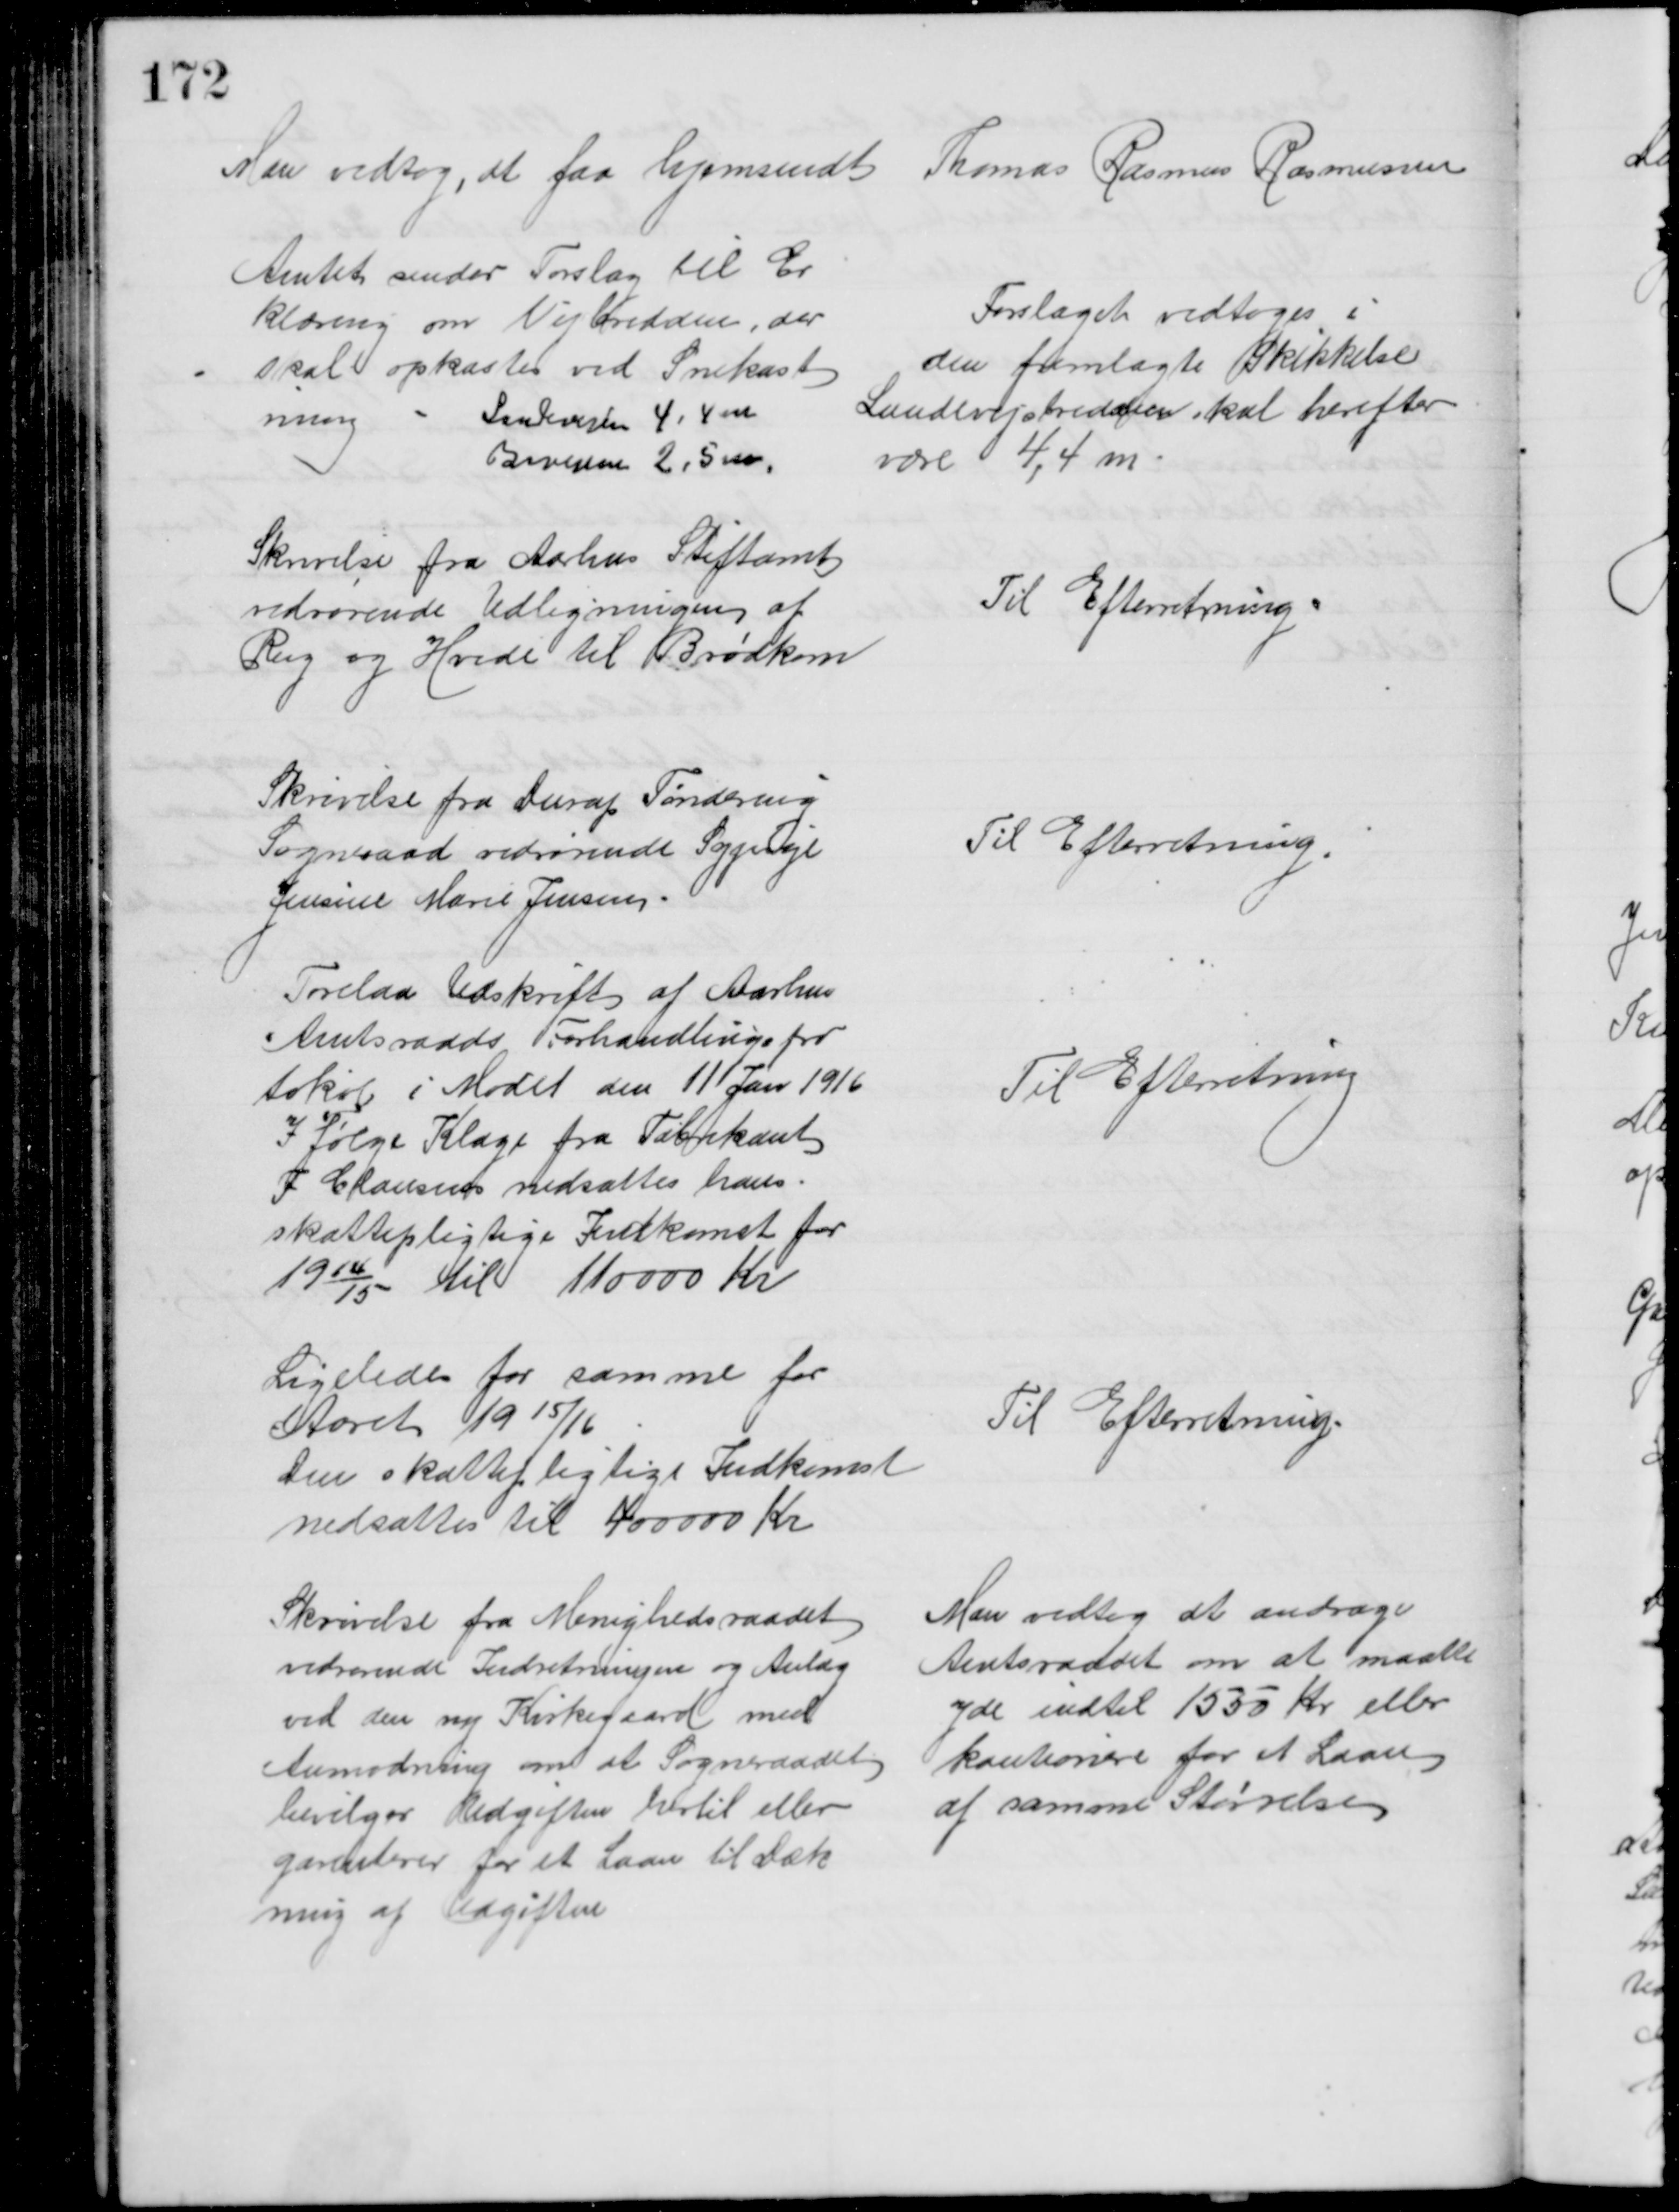
Transskription:
Man vedtog, at faa hjemsendt Thomas Rasmus Rasmussen
Amtet sender Forslag til Er
klæring om Vejbredden, der
skal opkastes ved Snekast
ning
Landevejen 4, 4 m
Bivejene 2,5 m.
Forslaget vedtoges i
den fremlagte Skikkelse
Landevejsbredden skal herefter
være 4,4 m
Skrivelse fra Aarhus Stiftamt
vedrørende Udligningen af 
Rug og Hvede til Brødkorn
Til Efterretning
Skrivelse fra Durup Tøndering
Sogneraad vedrørende Sypige
Jensine Marie Jensen
Til Efterretning
Forelaa Udskrift af Aarhus
Amtsraads Forhandlingspro
tokol i Mødet den 11 Jan 1916
I følge Klage fra Fabrikant
F Clausen nedsattes hans
skattepligtige Indkomst for
1914/15 til 110000 Kr
Til Efterretning
Ligeledes for samme for
Aaret 1915/16
Den skattepligtige Indkomst
nedsattes til 400000 Kr
Til Efterretning
Skrivelse fra Menighedsraadet
vedrørende Indretningen og Anlæg 
ved den ny Kirkegaard med
Anmodning om at Sogneraadet
bevilges Udgiften hertil eller
garenterer for et Laan til Dæk
ning af Udgiften
Man vedtog at andrage
Amtsraadet om at maatte
yde indtil 1550 Kr eller
kautionere for et Laan
af samme Størrelse